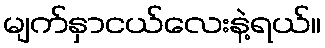
မျက်နှာငယ်လေးနဲ့ရယ်။